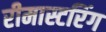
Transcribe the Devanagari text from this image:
रीमास्टरिंग